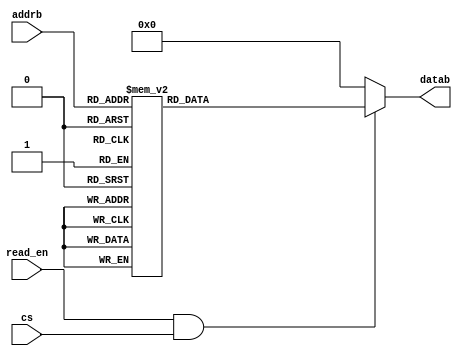
module ROM2_8x8 (cs, addrb, datab, read_en);

	input [2:0] addrb;
	output [7:0] datab;
	input read_en, cs;
	
	reg [7:0] datab;
	
	always @ (*)
		if (read_en & cs)
			case (addrb)
				0: datab = 28;
				1: datab = 38;
				2: datab = 48;
				3: datab = 58;
				4: datab = 68;
				5: datab = 78;
				6: datab = 88;
				7: datab = 98;
			endcase
		else
			datab = 8'b0;
		
endmodule